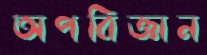
অপবিজ্ঞান